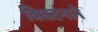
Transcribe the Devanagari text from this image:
विघटनाने